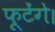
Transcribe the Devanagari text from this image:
फूटेंगे।